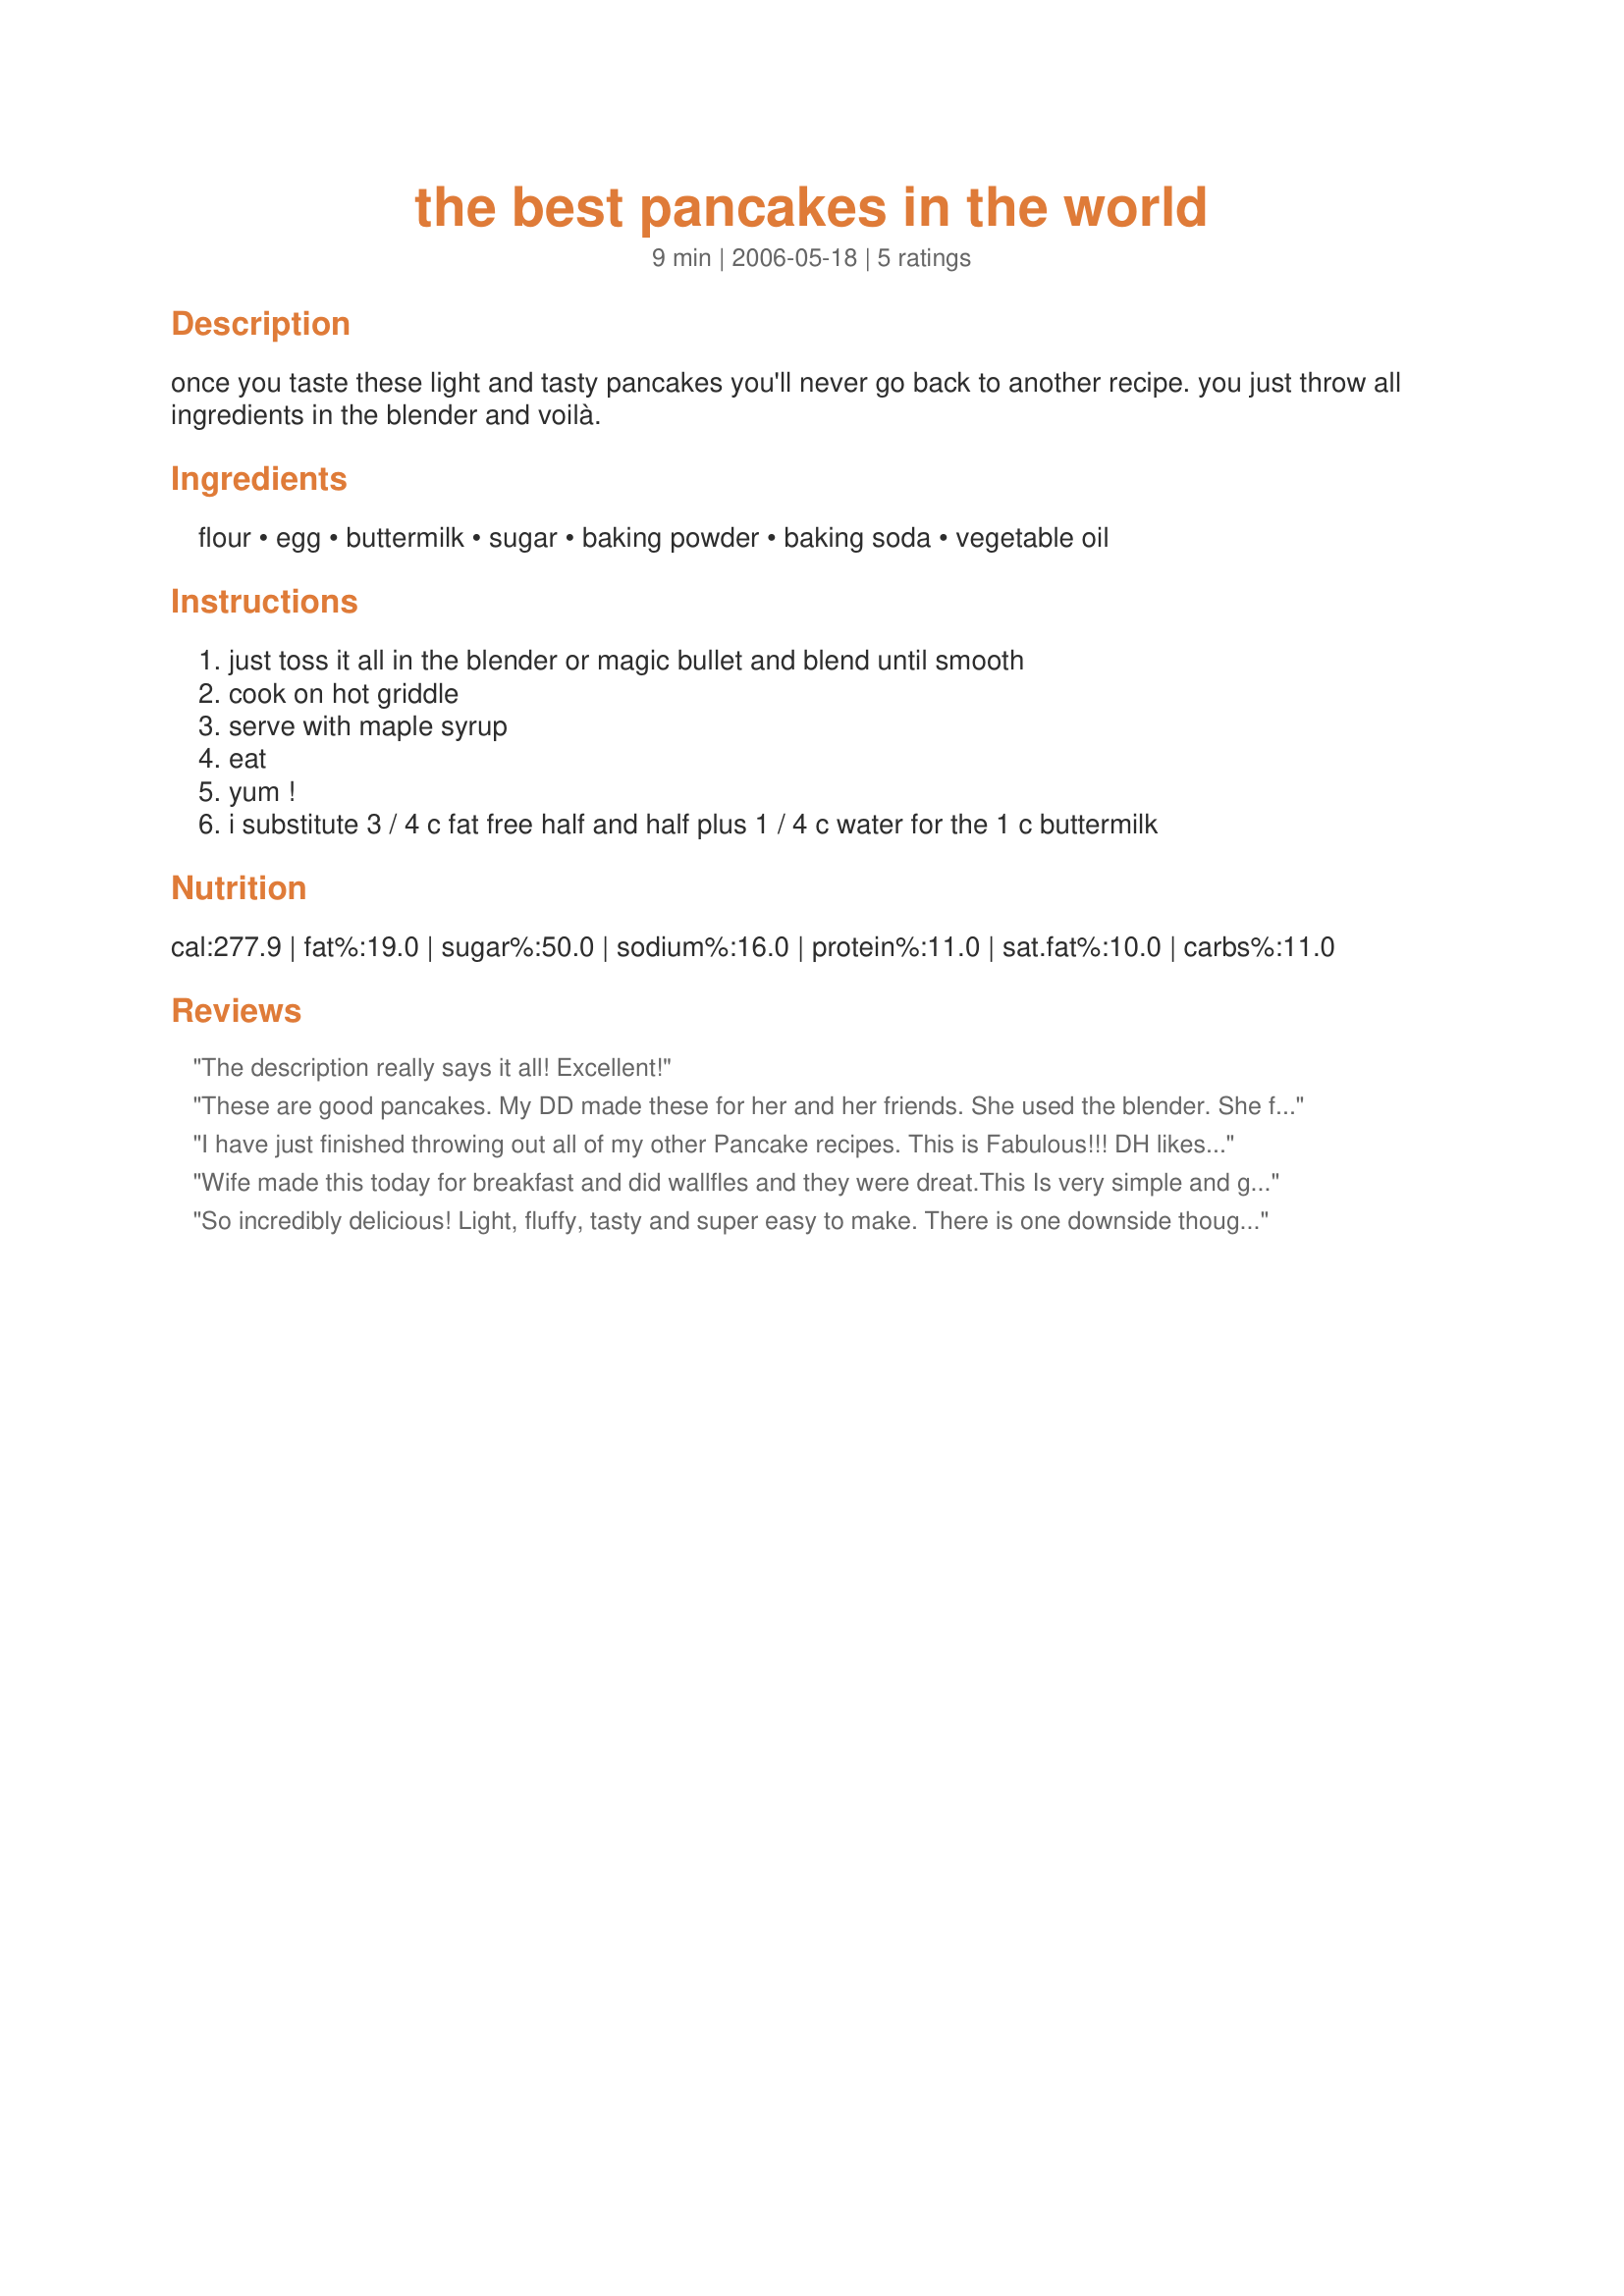
the best pancakes in the world
Preparation time: 9 minutes

once you taste these light and tasty pancakes you'll never go back to another recipe. you just throw all ingredients in the blender and voilà.

Ingredients:
flour, egg, buttermilk, sugar, baking powder, baking soda, vegetable oil

Steps:
just toss it all in the blender or magic bullet and blend until smooth
cook on hot griddle
serve with maple syrup
eat
yum !
i substitute 3 / 4 c fat free half and half plus 1 / 4 c water for the 1 c buttermilk

Reviews:
The description really says it all! Excellent!
These are good pancakes. My DD made these for her and her friends. She used the blender. She followed the ingredients per recipe. Made for PAC Spring 2008.
I have just finished throwing out all of my other Pancake recipes. This is Fabulous!!! DH likes very light Pancakes, and I like meaty ones, and this recipe accommedates both of our desires for a great Pancake. Thank You for posting such a wonderful recipe that is a Definite Keeper! You must try this!
Wife made this today for breakfast and did wallfles and they were dreat.This Is very simple and great a keeper you must try this Thanks
So incredibly delicious! Light, fluffy, tasty and super easy to make. There is one downside though, you will not be able to stop eating them! Enjoy!
